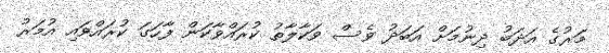
މަރުގެ އަދަބު ދިނުމަށް އަބަދު ވެސް ވަކާލާތު ކުރައްވާކަން ފާހަގަ ކުރައްވައި އުމަރު